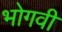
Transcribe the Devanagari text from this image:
भोगवी